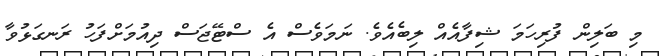
މި ބަލިން ފުރިހަމަ ޝިފާއެއް ލިބެއެވެ. ނަމަވެސް އެ ސްޓޭޖަސް ދިއުމަށްފަހު ރަނގަޅުވާ